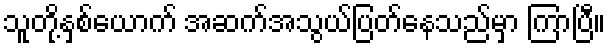
သူတို့နှစ်ယောက် အဆက်အသွယ်ပြတ်နေသည်မှာ ကြာပြီ။